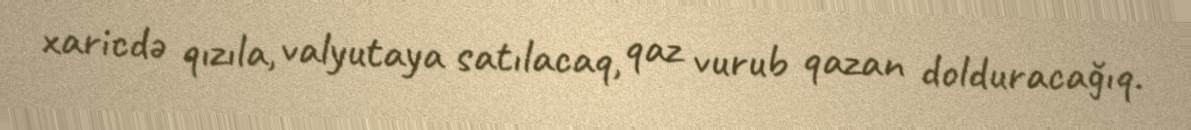
xaricdə qızıla, valyutaya satılacaq, qaz vurub qazan dolduracağıq.